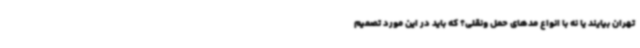
تهران بیایند یا نه با انواع مدهای حمل ونقلی؟ که باید در این مورد تصمیم